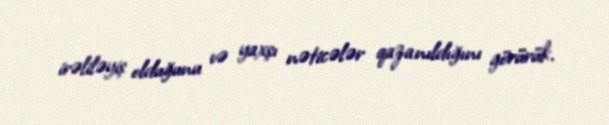
irəliləyiş olduğunu və yaxşı nəticələr qazanıldığını görürük.